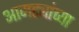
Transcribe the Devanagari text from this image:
आमट्यांच्या